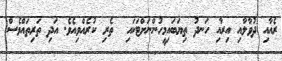
ރެއާއި ދުވާލާއި އިރާއި ހަނދު ތިޔަބައިމީހުންނަށްޓަކައި  ތެރި ކުރެއްވިއެވެ. އަދި ތަރިތައްވެސް